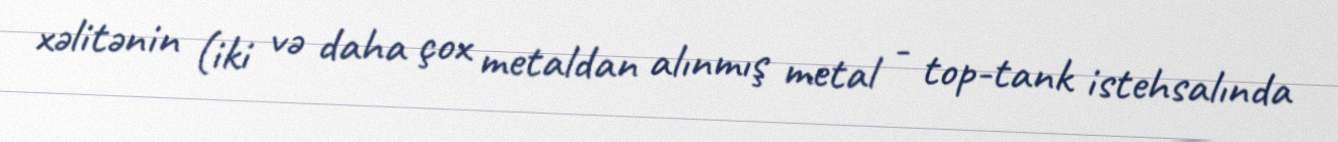
xəlitənin (iki və daha çox metaldan alınmış metal - top-tank istehsalında